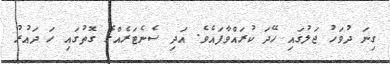
ގިނަ ދުވަހު ޖަލުގައި ހޭދަ ކުރައްވާފައެވެ. އަދި ސެނެޓަރެއްގެ ގޮތުގައި ހަ ދައުރު